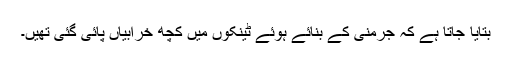
بتایا جاتا ہے کہ جرمنی کے بنائے ہوئے ٹینکوں میں کچھ خرابیاں پائی گئی تھیں۔